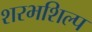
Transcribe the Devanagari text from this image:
शरभशिल्प